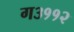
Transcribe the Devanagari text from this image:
ग३११२